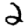
Digit: 2